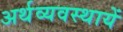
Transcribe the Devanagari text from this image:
अर्थव्यवस्थायें